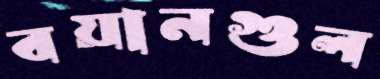
বয়ানগুল